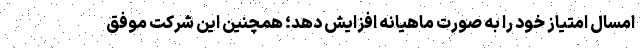
امسال امتیاز خود را به صورت ماهیانه افزایش دهد؛ همچنین این شرکت موفق